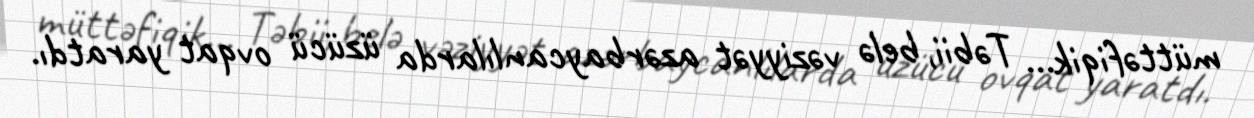
müttəfiqik... Təbii, belə vəziyyət azərbaycanlılarda üzücü ovqat yaratdı.